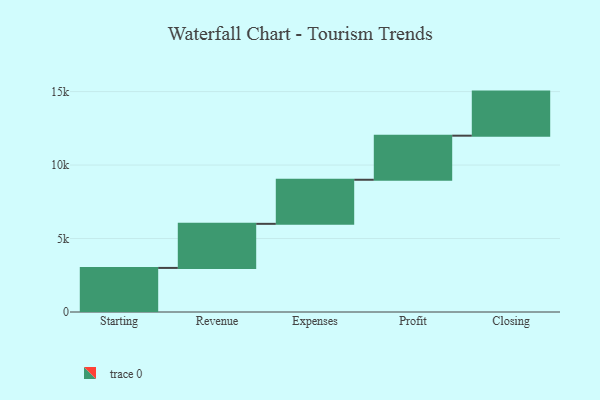
{"axis": {"x": "Step", "y": "Value"}, "legend": [""], "data": [{"x": "Starting", "y": 3000, "type": ""}, {"x": "Revenue", "y": 3000, "type": ""}, {"x": "Expenses", "y": 3000, "type": ""}, {"x": "Profit", "y": 3000, "type": ""}, {"x": "Closing", "y": 3000, "type": ""}]}